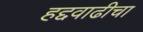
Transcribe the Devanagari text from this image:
हद्दवाढीचा